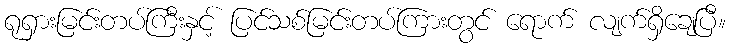
ရုရှားမြင်းတပ်ကြီးနှင့် ပြင်သစ်မြင်းတပ်ကြားတွင် ရောက် လျက်ရှိချေပြီ။